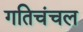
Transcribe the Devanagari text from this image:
गतिचंचल